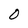
Character: 0